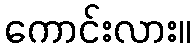
ကောင်းလား။